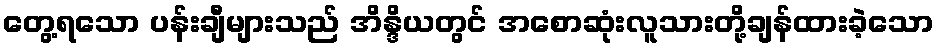
တွေ့ရသော ပန်းချီများသည် အိန္ဒိယတွင် အစောဆုံးလူသားတို့ချန်ထားခဲ့သော